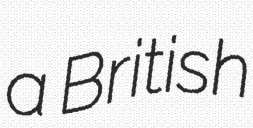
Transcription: a British